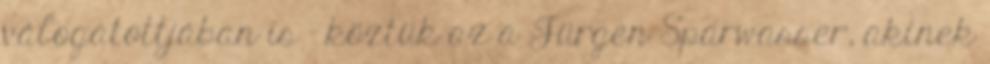
válogatottjában is - köztük az a Jürgen Sparwasser, akinek